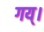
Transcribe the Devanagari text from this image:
गय्।